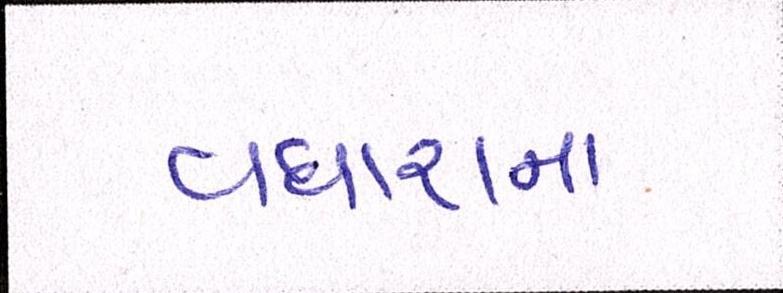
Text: વધારા